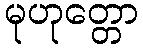
မုဟုတ္တော